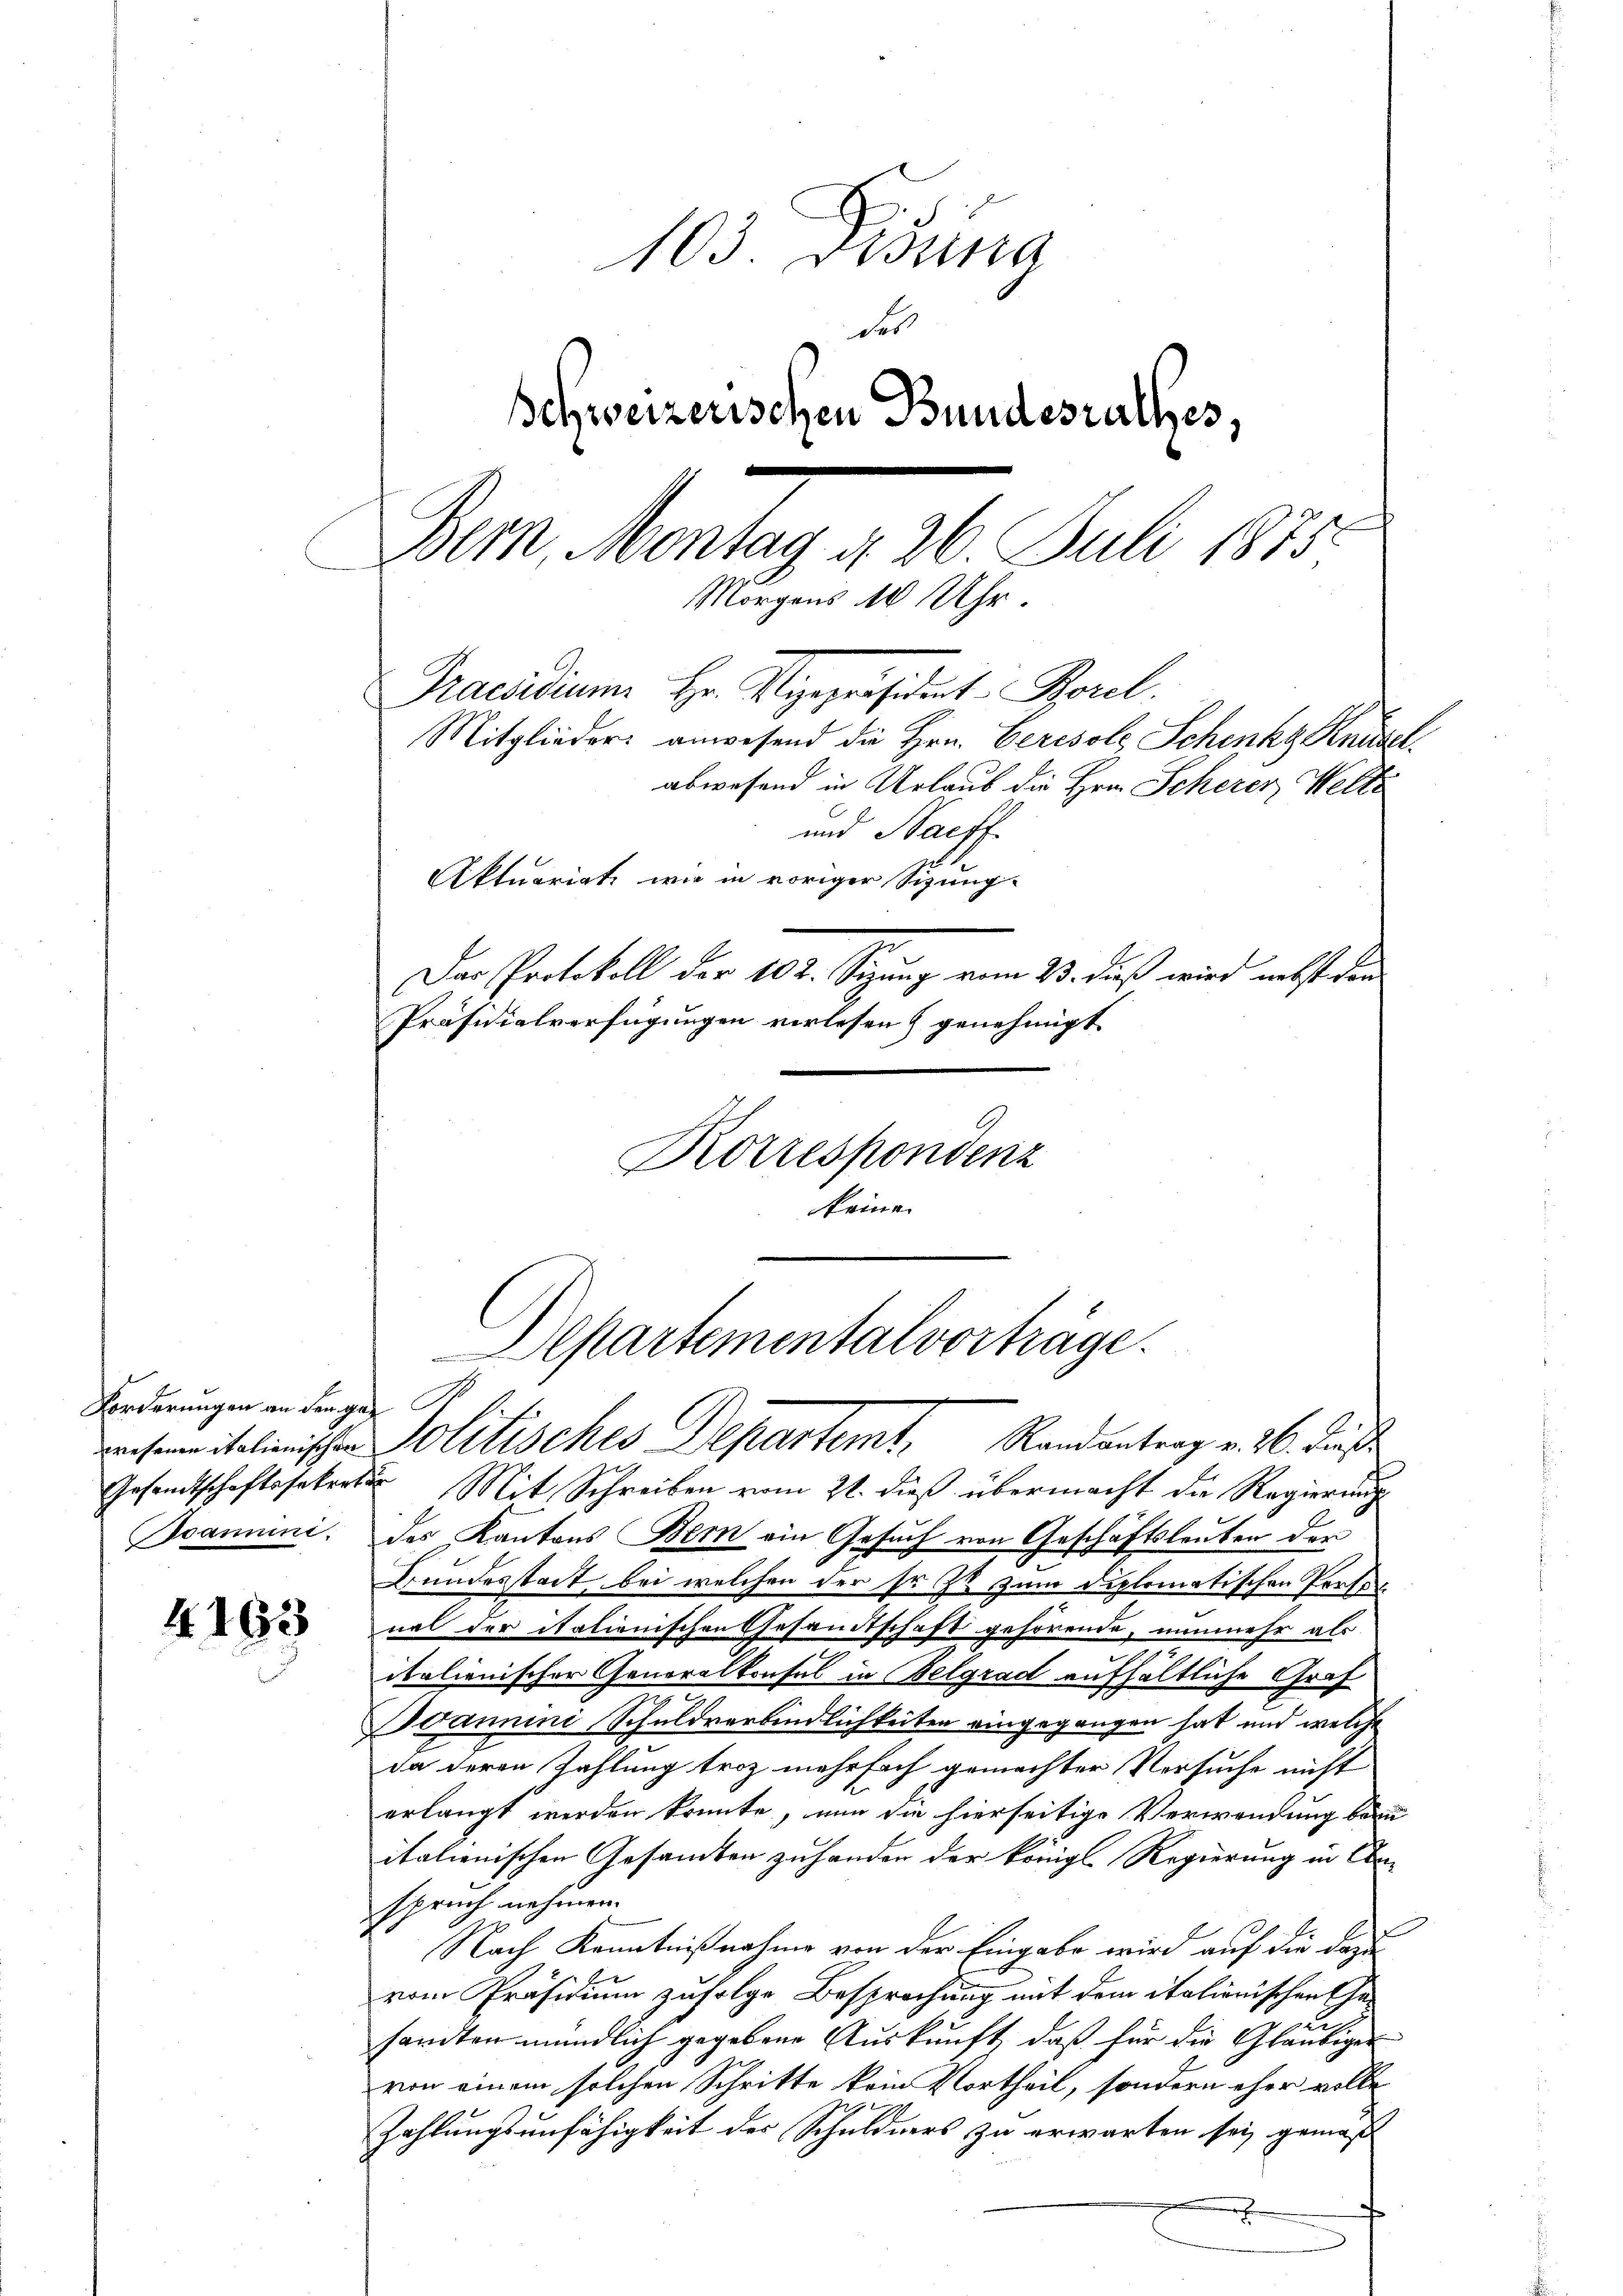
Forderungen an den gewesenen italienischen
Gesandtschaftssekerten
Soamuni.

4193

103 Disena
Fes
Schweizerischen Bundesrathes,
Pr. Montag 26. Juli 1848
Morgens 10 Uhr
Praesidium Hr. Vizepräsident Borel.
Mitglieder anwesend die Hrn. Ceresols Schinkg Knüse.
abwesend in Urlaub die Hrn. Scherer, Welte
und Saeff
Aktuariati wie in voriger Sizung-
Das Protokoll der 102. Sizung vom 23. dieß wird nebst dan
Präsidialverfügungen verlesen) genehmigt

Korrespondenz
keine
Mit Schreiben vom 22. dieß übermacht die Regierung
des Kantons Bern ein Gesuch von Geschäftsleuten der
Bundesstadt bei welchen der so ist zum diplomatischen Profes
nal der itationischen Gesandtschaft gehörende, nunmehr als
italienischer Generalkonsul in Belgrad aufhältliche Graf
Joannini Schuldverbindlichkeiten eingegangen hat und welche
da deren Zahlung trotz mehrfach gemachter Versuche nicht
erlangt werden könnte, nun die hierseitige Verwendung beru
italienischen Gesamten zuhanden der königl. Regierung in Anspruch nehmen.
e
Nach Kenntnißnahme von der Eingabe wird auf die dazu
vom Präsidium zufolge Besprochung mit dem italionischen Ge¬
u
sandten mündlich gegebene Auskunft, daß für die Gläubiger
von einem solchen Schritte kein Vortheil, sondern eher volle
.
Zahlungsunfähigkeit des Schuldners zu erwarten sei gemäß
r

partementalvorträge.
politisches Departemt. Randantrag v. 16. Dies